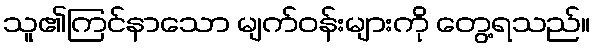
သူ၏ကြင်နာသော မျက်ဝန်းများကို တွေ့ရသည်။